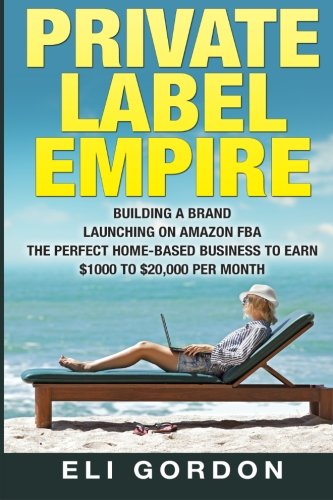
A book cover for Private Label Empire: Build a Brand - Launch on Amazon FBA; Eli C Gordon; Business & Money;